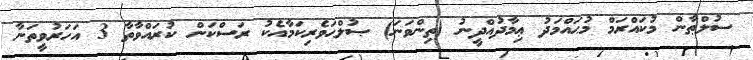
ސުލްޠާން މުކައްރަމް މުޙައްމަދު ޢިމާދުއްދީނު (ތިންވަނަ) ޞުލްޙަވެރިކަމާއެކު ރަސްކަން ކުރައްވާތާ 3 އަހަރުވީތަނާ